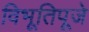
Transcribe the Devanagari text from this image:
विभूतिपूजे